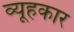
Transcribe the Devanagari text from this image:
व्यूहकार